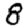
Digit: 8